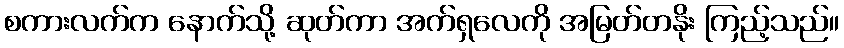
စကားလက်က နောက်သို့ ဆုတ်ကာ အက်ရှလေကို အမြတ်တနိုး ကြည့်သည်။